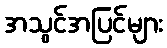
အသွင်အပြင်များ